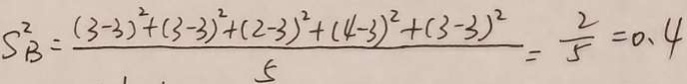
S _ { B } ^ { 2 } = \frac { ( 3 - 3 ) ^ { 2 } + ( 3 - 3 ) ^ { 2 } + ( 2 - 3 ) ^ { 2 } + ( 4 - 3 ) ^ { 2 } + ( 3 - 3 ) ^ { 2 } } { 5 } = \frac { 2 } { 5 } = 0 . 4